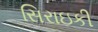
સિરાઇકી